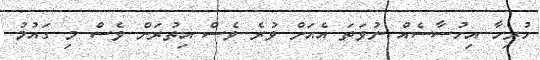
ހުރިހާ އިހުސާސެއް ނުވަތަ އެއަށް ވުރެ ވެސް އިތުރަށް ވެސް މި ގައުމު